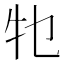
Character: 𤘗